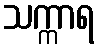
သက္ကာရ